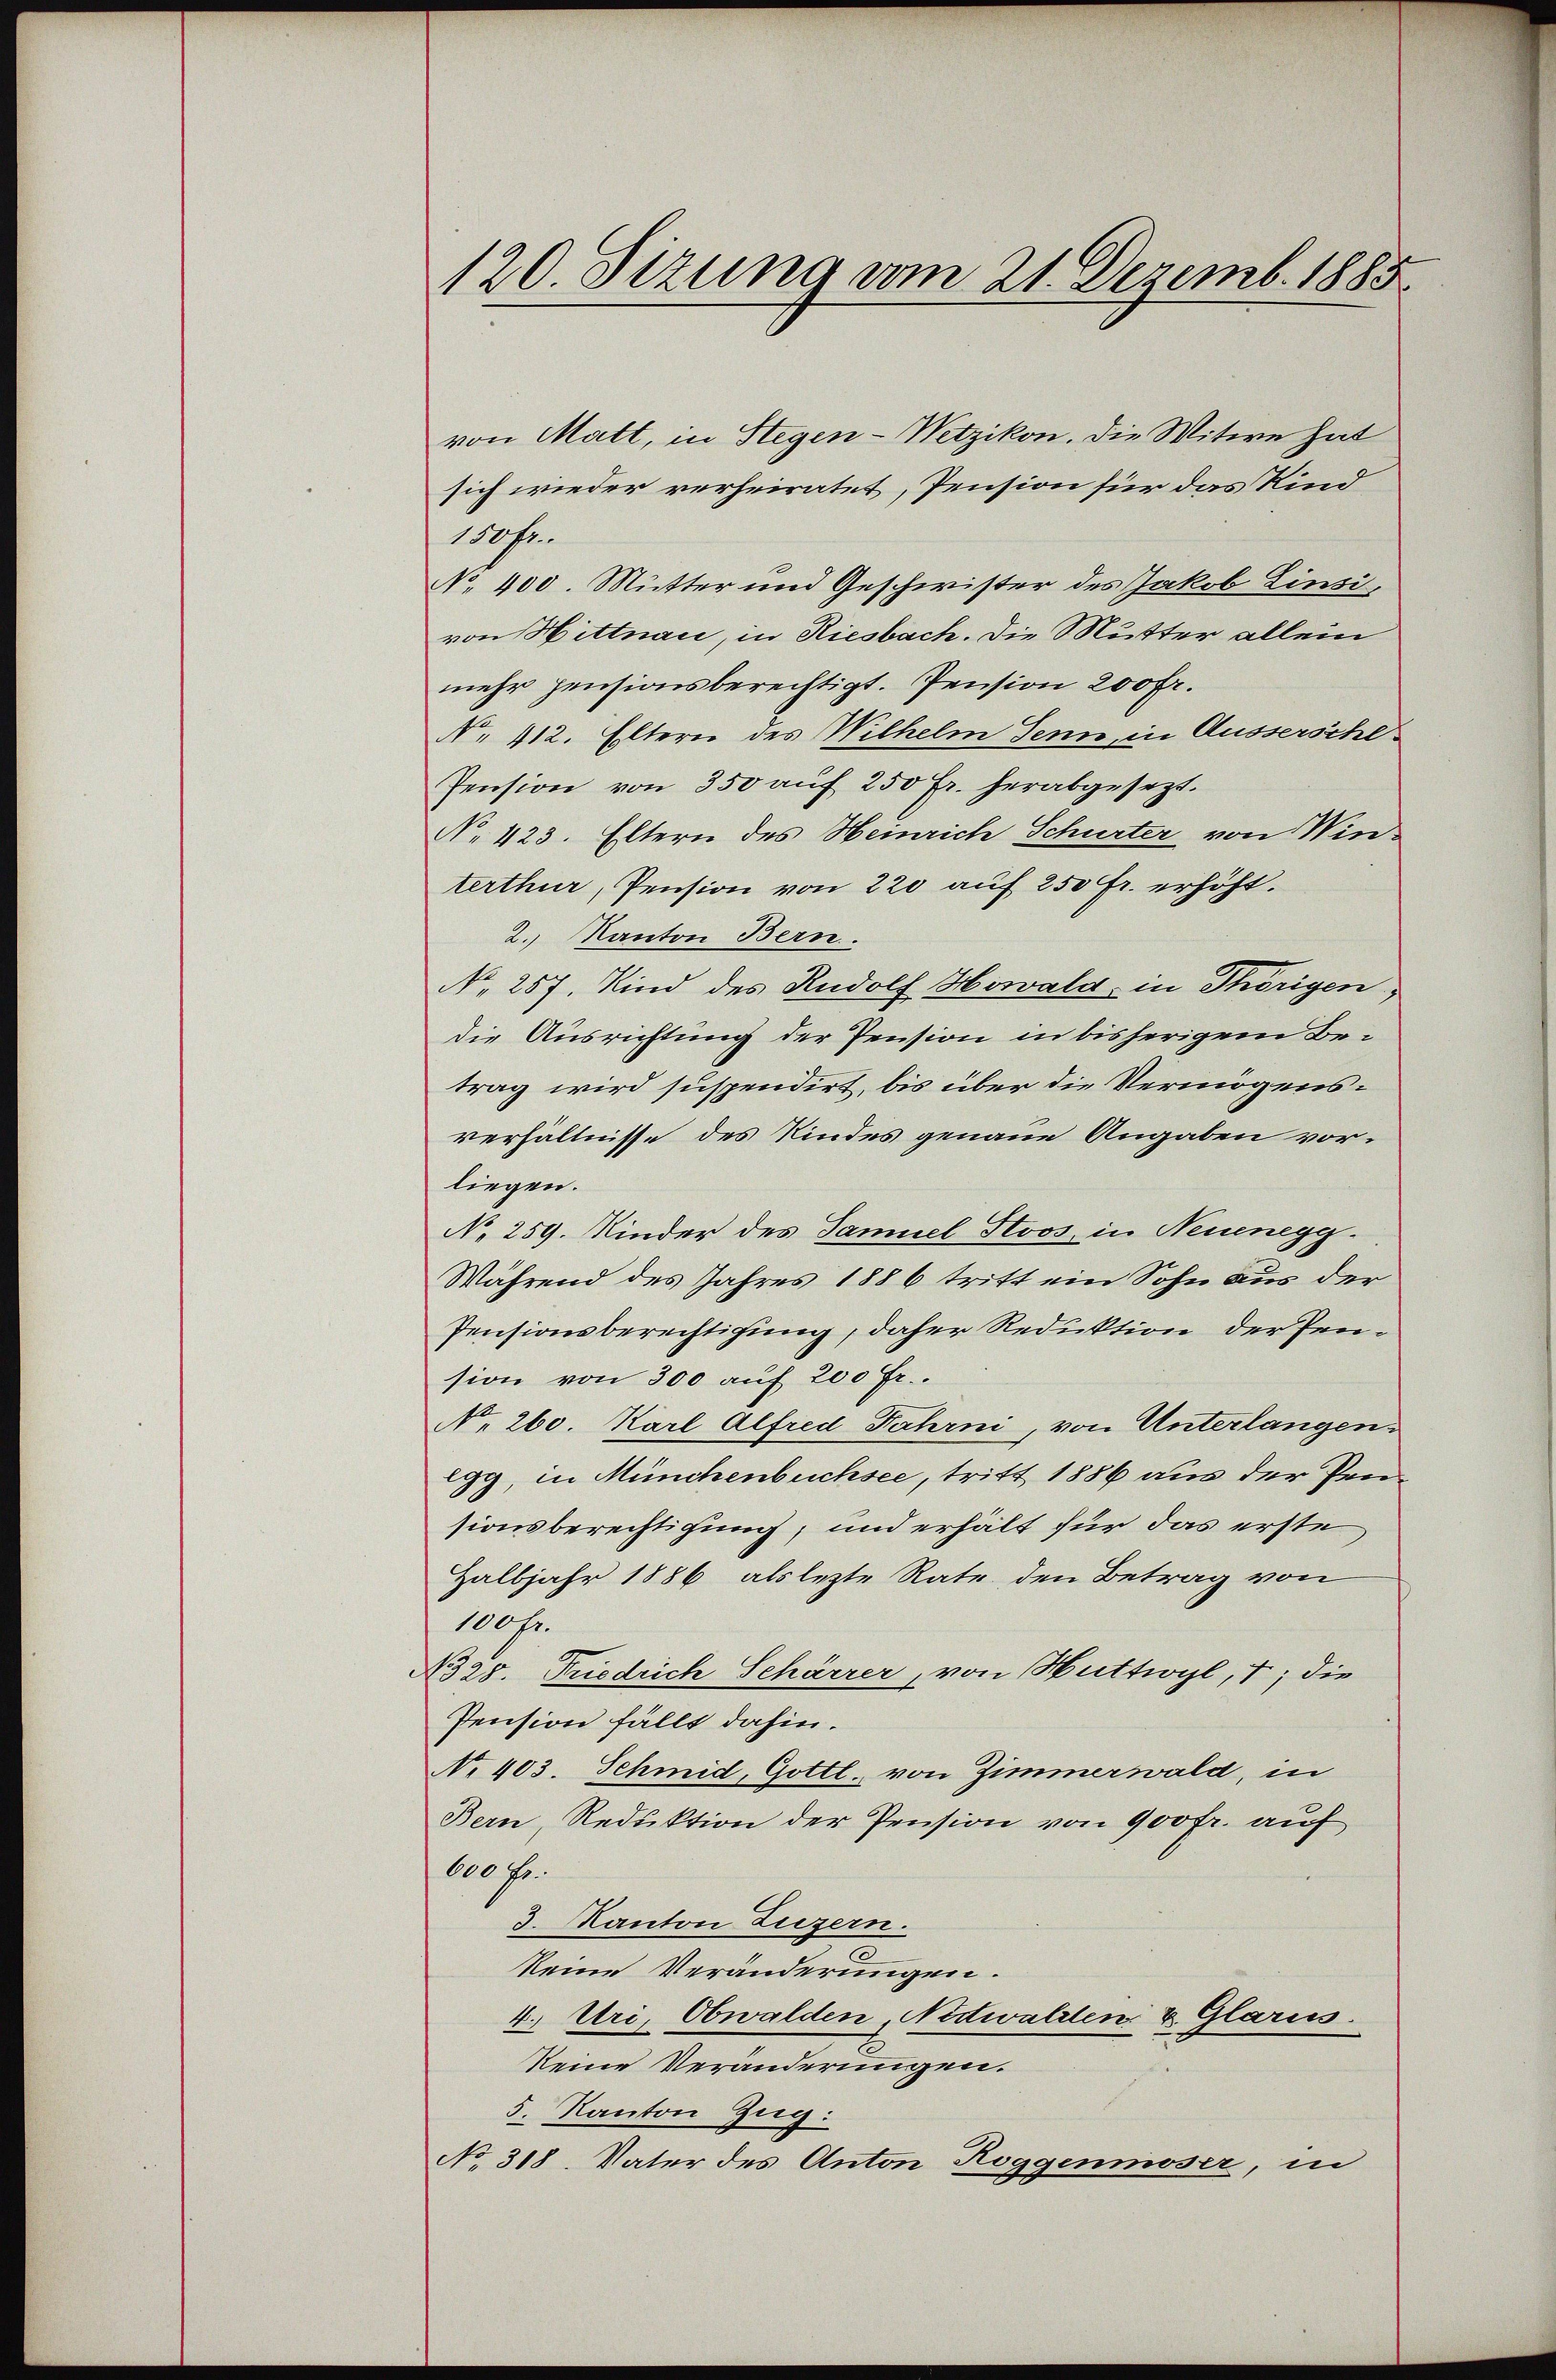
120. Sizung vom 21. Dezemb. 1885.

von Matt, in Stegen-Wetzikon. Die Witwe hat
sich wieder verheiratet, Pension für das Kind
150 Fr.
No. 400. Mutter und Geschwister des Jakob Einsi,
von Hittnau, in Riesbach. Die Mutter allein
mehr pensionsberechtigt. Pension 200 Fr.
No. 412. Eltern des Wilhelm Senn, in Aussersche¬
Pension von 350 aŭf 250 fr. herabgesetzt.
No 423. Eltern des Heinrich Schurter von Winterthur, Pension von 220 auf 250 Fr. erhöht.
2. Kanton Bern.
No. 257. Kind des Rudolf Howald, in Thörigen,
die Ausrichtung der Pension in bisherigem Betrag wird suspendirt, bis über die Vermögensverhältnisse des Kindes genaue Angaben vorliegen.
No 259. Kinder des Samuel Stoos in Neuenegg.
Während des Jahres 1886 tritt ein Sohn aus der
Pensionsberechtigung, daher Reduktion der Pension von 300 auf 200 Fr.
No 260. Karl Alfred Fahrni, von Unterlangen
Egg, in Münchenbuchsee, tritt 1886 aus der Preisionsberechtigung, und erhält für das erste
Halbjahr 1886 als lezte Rate den Betrag von
100 Fr.
No 28. Friedrich Schärrer, von Huttwyl, 7; die
Pension fällt dahin.
No 403. Schmid, Gottl. von Zimmerwald, in
Bern, Reduktion der Pension von 900 fr. auf
600 fr.
3. Kanton Luzern.
keine Veränderungen.
4.) Uri, Obwalden Nidwalden & Glarus.
keine Veränderungen.
5. Kanton Zug:
No 318. Vater des Anton Roggenmoser, in